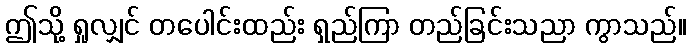
ဤသို့ ရှုလျှင် တပေါင်းထည်း ရှည်ကြာ တည်ခြင်းသညာ ကွာသည်။